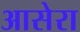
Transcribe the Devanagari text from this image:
आसेरा